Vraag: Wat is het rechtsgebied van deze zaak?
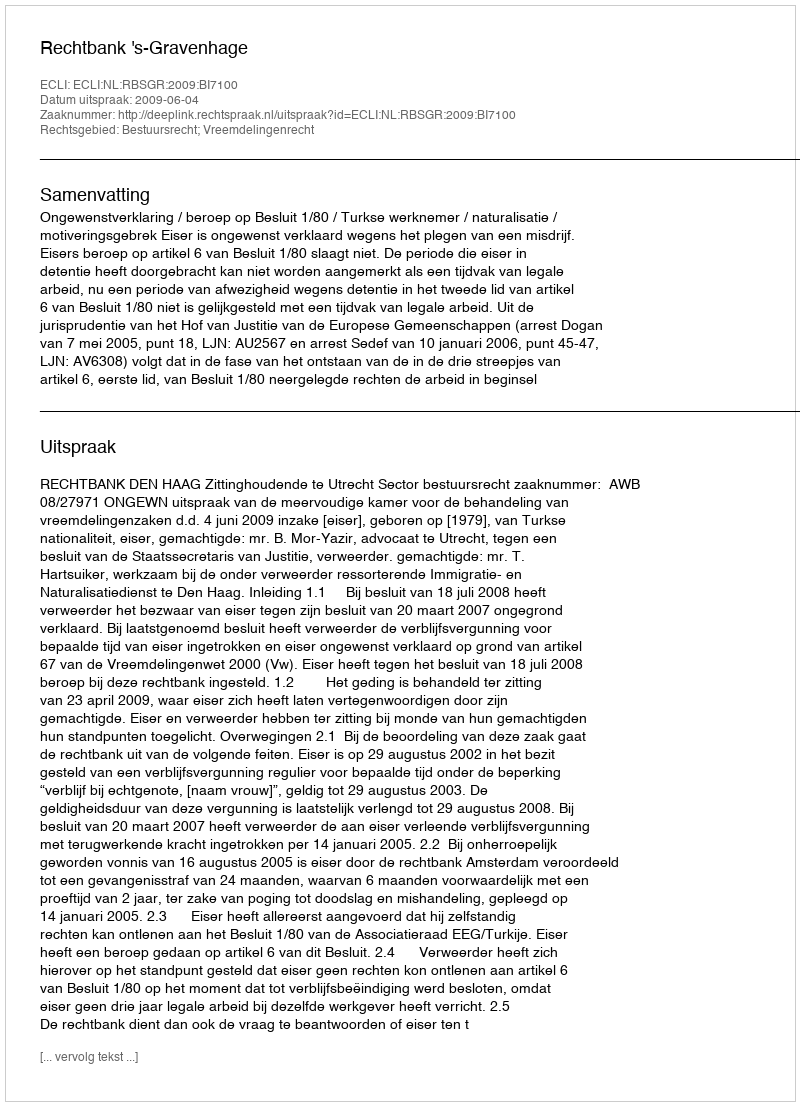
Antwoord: Bestuursrecht; Vreemdelingenrecht